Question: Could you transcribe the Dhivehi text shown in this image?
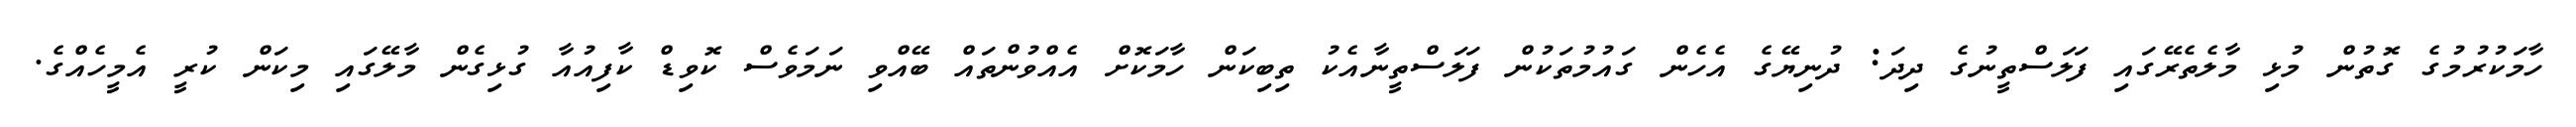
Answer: ހާމަކުރުމުގެ ގޮތުން މުޅި މާލެތެރޭގައި ފަލަސްތީނުގެ ދިދަ: ދުނިޔޭގެ އެހެން ގައުމުތަކުން ފަލަސްތީނާއެކު ތިބިކަން ހާމަކޮށް އެއްވުންތައް ބޭއްވި ނަމަވެސް ކޮވިޑް ކާފިއުއާ ގުޅިގެން މާލޭގައި މިކަން ކުރީ އެމީހެއްގެ.